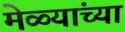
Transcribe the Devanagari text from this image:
मेळ्यांच्या